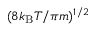
( 8 k _ { \mathrm { B } } T / \pi m ) ^ { 1 / 2 }